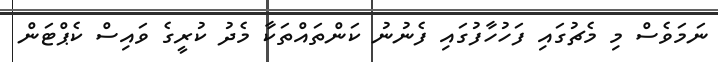
ނަމަވެސް މި މެޗުގައި ފަހުހާފުގައި ފެނުނު ކަންތައްތަކާ މެދު ކުރީގެ ވައިސް ކެޕްޓަން